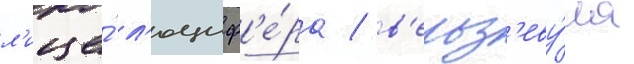
л'ице́ л'юциф'е́ра / в'ельз'еву́ла